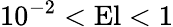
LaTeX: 10^{-2}<\mathrm{El}<1